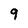
Character: 9